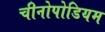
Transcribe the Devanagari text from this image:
चीनोपोडियम